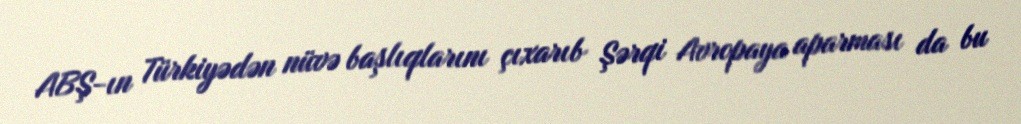
ABŞ-ın Türkiyədən nüvə başlıqlarını çıxarıb Şərqi Avropaya aparması da bu